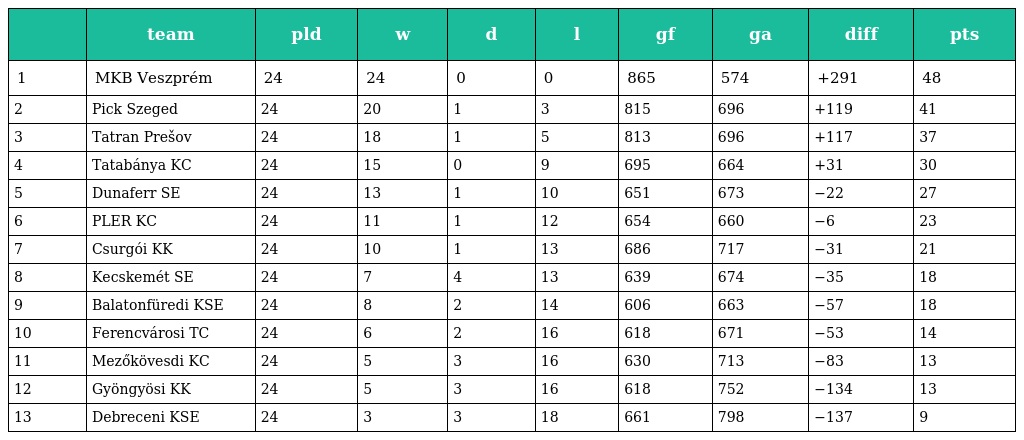
|  | team | pld | w | d | l | gf | ga | diff | pts |
 | --- | --- | --- | --- | --- | --- | --- | --- | --- | --- |
 | 1 | MKB Veszprém | 24 | 24 | 0 | 0 | 865 | 574 | +291 | 48 |
 | 2 | Pick Szeged | 24 | 20 | 1 | 3 | 815 | 696 | +119 | 41 |
 | 3 | Tatran Prešov | 24 | 18 | 1 | 5 | 813 | 696 | +117 | 37 |
 | 4 | Tatabánya KC | 24 | 15 | 0 | 9 | 695 | 664 | +31 | 30 |
 | 5 | Dunaferr SE | 24 | 13 | 1 | 10 | 651 | 673 | −22 | 27 |
 | 6 | PLER KC | 24 | 11 | 1 | 12 | 654 | 660 | −6 | 23 |
 | 7 | Csurgói KK | 24 | 10 | 1 | 13 | 686 | 717 | −31 | 21 |
 | 8 | Kecskemét SE | 24 | 7 | 4 | 13 | 639 | 674 | −35 | 18 |
 | 9 | Balatonfüredi KSE | 24 | 8 | 2 | 14 | 606 | 663 | −57 | 18 |
 | 10 | Ferencvárosi TC | 24 | 6 | 2 | 16 | 618 | 671 | −53 | 14 |
 | 11 | Mezőkövesdi KC | 24 | 5 | 3 | 16 | 630 | 713 | −83 | 13 |
 | 12 | Gyöngyösi KK | 24 | 5 | 3 | 16 | 618 | 752 | −134 | 13 |
 | 13 | Debreceni KSE | 24 | 3 | 3 | 18 | 661 | 798 | −137 | 9 |